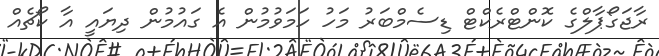
ރާޖަގޯޕާލްގެ ކޮންޓްރެކްޓް ޑިސެމްބަރު މަހު ހަމަވުމުން އެ ގައުމުން ދިޔައީ އާ ކޯޗެއް